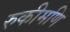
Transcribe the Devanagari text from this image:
रुकीमणि